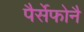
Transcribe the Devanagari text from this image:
पैर्सेफोनै